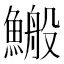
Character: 𩺪